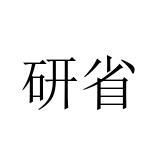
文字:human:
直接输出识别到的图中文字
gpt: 研省